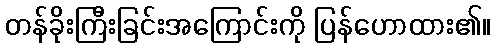
တန်ခိုးကြီးခြင်းအကြောင်းကို ပြန်ဟောထား၏။